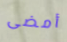
أمضى